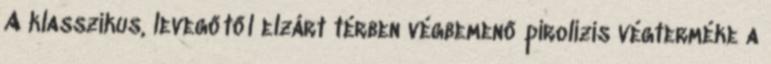
A klasszikus, levegőtől elzárt térben végbemenő pirolízis végterméke a